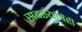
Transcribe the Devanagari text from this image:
सदस्यांचेंही